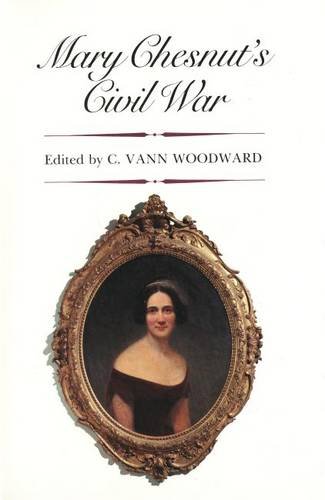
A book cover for Mary Chesnut's Civil War; Mary Chesnut; Biographies & Memoirs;